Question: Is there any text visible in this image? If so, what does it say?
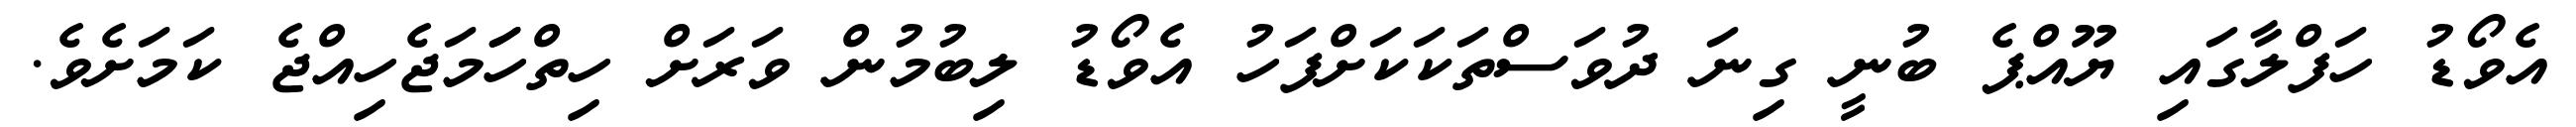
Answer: އެވޯޑު ހަފްލާގައި ޔޫއްޕެ ބުނީ ގިނަ ދުވަސްތަކަކަށްފަހު އެވޯޑު ލިބުމުން ވަރަށް ހިތްހަަމަޖެހިއްޖެ ކަމަށެވެ.